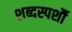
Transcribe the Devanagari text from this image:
शब्दस्पर्शौ